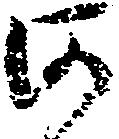
河